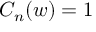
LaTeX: C _ { n } ( w ) = 1